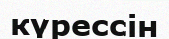
күрессін